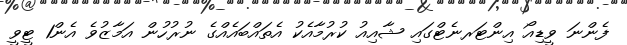
ފެންނަ ވީޑިއޯ އިންޓަރނެޓްގައި ޝާއިއު ކުރުމާއެކު އެތައްބައެއްގެ ނުރުހުން އަމާޒުވެ އެން1 ޓީވީ